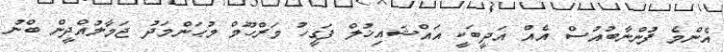
އެންމެ ފުންނާބުއުސް އެއް އަދީބަކީ އައްޝައިޚުލް ފަގީހު މަރްހޫމް މުޙަންމަދު ޖަމާލުއްދީން ބްނު